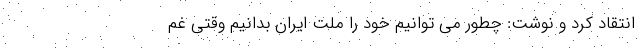
انتقاد کرد و نوشت: چطور می توانیم خود را ملت ایران بدانیم وقتى غم